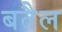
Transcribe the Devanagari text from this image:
बतैल